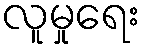
လူမှုရေး